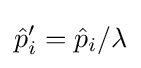
{\hat {p}}_{i}'={\hat {p}}_{i}/\lambda